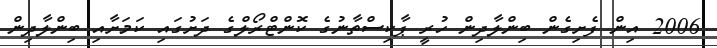
2006 އިން ފެށިގެން ބިންލާދިން ހުރީ ޕާކިސްތާނުގެ ކޮންޓްރޯލްގެ ދަށުގައި ކަމަށާއި ބިންލާދިން